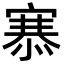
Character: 𢞝